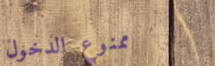
ممنوع الدخول